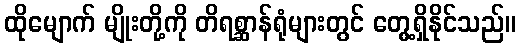
ထိုမျောက် မျိုးတို့ကို တိရစ္ဆာန်ရုံများတွင် တွေ့ရှိနိုင်သည်။